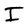
Character: I